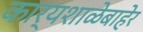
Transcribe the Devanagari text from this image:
कार्यशाळेबाहेर